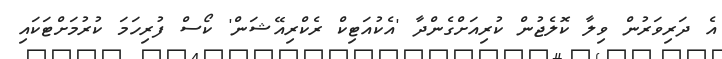
އެ ދަރިވަރުން ވިލާ ކޮލެޖުން ކުރިއަށްގެންދާ 'އެކުއަޓިކް ރެކްރިއޭޝަން' ކޯސް ފުރިހަމަ ކުރުމަށްޓަކައި